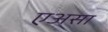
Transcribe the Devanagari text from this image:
एअसा